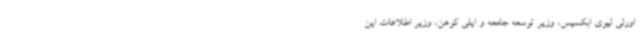
اورلی لیوی ابکسیس، وزیر توسعه جامعه و ایلی کوهن، وزیر اطلاعات این